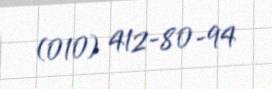
(010) 412-80-94